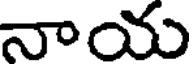
నాయ